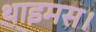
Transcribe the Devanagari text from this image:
थाइमस।